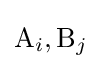
{\ce {A}}_{i},{\ce {B}}_{j}